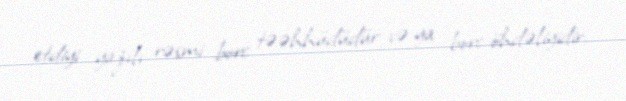
etdiyi yazılı rəsmi borc təəhhüdüdür və ya borc öhdəliyidir.